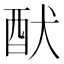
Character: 䣭